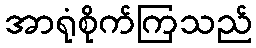
အာရုံစိုက်ကြသည်